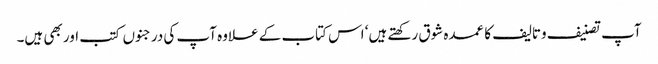
آپ تصنیف وتالیف کا عمدہ شوق رکھتے ہیں‘ اس کتاب کے علاوہ آپ کی درجنوں کتب اور بھی ہیں۔